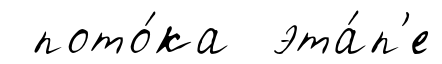
пото́ка эта́п'е